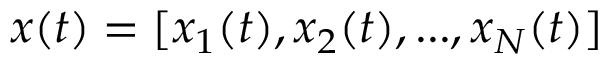
\boldsymbol { x } ( t ) = [ x _ { 1 } ( t ) , x _ { 2 } ( t ) , . . . , x _ { N } ( t ) ]